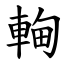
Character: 䡘